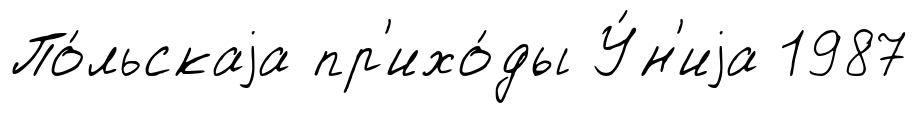
По́льскаjа пр'ихо́ды У́н'иjа 1987